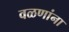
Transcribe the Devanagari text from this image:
वळणांना